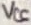
Text: VCC